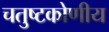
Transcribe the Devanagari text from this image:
चतुष्टकोणीय